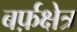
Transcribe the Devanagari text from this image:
बर्फ़क्षेत्र